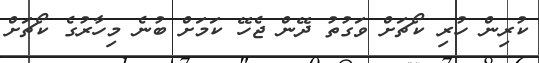
ކުރިން ހުރި ކޯޗަށް ވަގުތު ދޭން ޖެހޭ ކަމަށް ބުނެ މިހާރުގެ ކޯޗަށް